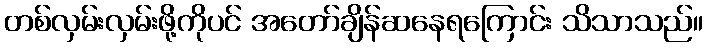
တစ်လှမ်းလှမ်းဖို့ကိုပင် အတော်ချိန်ဆနေရကြောင်း သိသာသည်။